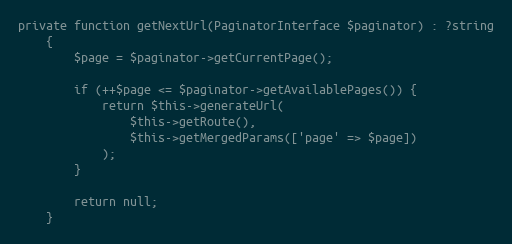
Language: PHP
private function getNextUrl(PaginatorInterface $paginator) : ?string
    {
        $page = $paginator->getCurrentPage();

        if (++$page <= $paginator->getAvailablePages()) {
            return $this->generateUrl(
                $this->getRoute(),
                $this->getMergedParams(['page' => $page])
            );
        }

        return null;
    }